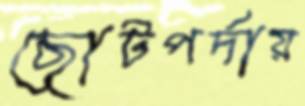
ছোটপর্দায়